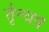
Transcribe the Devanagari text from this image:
र्तृन्धव